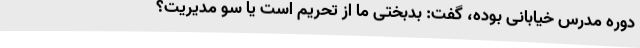
دوره مدرس خیابانی بوده، گفت: بدبختی ما از تحریم است یا سو مدیریت؟